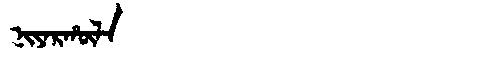
Manchu: ᠨᡳᠶᠠᡵᡥᡡᠯᠠ
Romanization: NIYARHŪLA